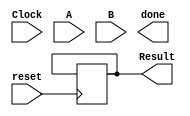
module Calculator(
	input Clock,
	input reset,
	input [143:0] A, 
	input [143:0] B,
	output reg[143:0] Result,
	output reg done
);
	reg [15:0] A1 [2:0][2:0];
	reg [15:0] B1 [2:0][2:0];
	reg [15:0] Res1 [2:0][2:0];
	reg finish;
	reg init;
	integer i,j,k;
	
	always@ (posedge reset)
	begin
		if(reset == 1)begin
			i = 0;
			j = 0;
			k = 0;
			init = 1;
			finish = 0;
			for(i=0;i<=2;i=i+1) begin
				for(j=0;j<=2;j=j+1) begin
					A1[i][j] = 16'd0;
					B1[i][j] = 16'd0;
					Res1[i][j] = 16'd0;
            	end 
        	end 
		end

		else if(finish ==0)begin
			if(init ==1)begin
				for(i=0;i<=2;i=i+1) begin
                    for(j=0;j<=2;j=j+1) begin
                        A1[i][j] = A[(i*3+j)*16 +:16];
                        B1[i][j] = B[(i*3+j)*16 +:16];
                        Res1[i][j] = 16'd0;
                    end 
                end
				init = 0;
				i=0; 
				j=0; 
				k=0;
			end
			else if(finish == 0) begin
				Res1[i][j] = Res1[i][j] + A1[i][k]*B1[k][j];
				if(k == 2) begin
                    k = 0;
                    if(j == 2) begin
                        j = 0;
                        if (i == 2) begin
                            i = 0;
                            finish = 1;
                        end
                        else
                            i = i + 1;
                    end
                    else
                        j = j+1;    
                end
                else
                    k = k+1;
			end
			else if(finish ==1)begin
				for(i=0;i<=2;i=i+1) begin   
                    for(j=0;j<=2;j=j+1) begin 
                        Result[(i*3+j)*16 +:16] = Res1[i][j];
                    end
                end
			end
		end
	end

endmodule